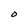
Character: O